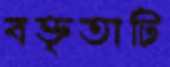
বক্তৃতাটি